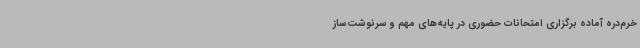
خرم‌دره آماده برگزاری امتحانات حضوری در پایه‌های مهم و سرنوشت‌ساز